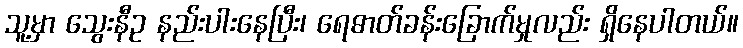
သူ့မှာ သွေးနီဥ နည်းပါးနေပြီး၊ ရေဓာတ်ခန်းခြောက်မှုလည်း ရှိနေပါတယ်။